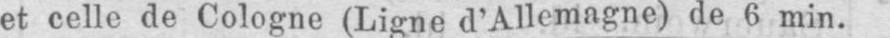
et celle de Cologne (Ligne d’Allemagne) de 6 min.